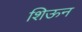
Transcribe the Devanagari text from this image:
शिऊन